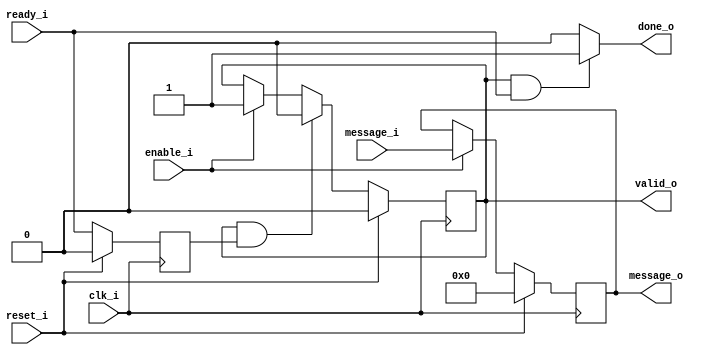
`timescale 1ns / 1ps
//////////////////////////////////////////////////////////////////////////////////
// Company: IIT Madras  
// 
// Design Name: 
// Module Name: axi_master
// Project Name: 
// Target Devices: 
// Tool Versions: 
// Description: 
// 
// Dependencies: 
// 
// Revision:
// Revision 0.01 - File Created
// Additional Comments:
// 
//////////////////////////////////////////////////////////////////////////////////


module axi_master(
    input clk_i,
    input reset_i,
    
    input ready_i,
    output valid_o,
    
    input [31:0] message_i,
    output [31:0] message_o,
    
    input enable_i,
    output done_o // stall till done
    );
    
    reg [31:0] message_r;
    reg valid_r, ready_r;
    
    always @(posedge clk_i)
    begin
        if(reset_i)
        begin
            message_r <= 'b0;
            valid_r <= 'b0;
        end
        else
        begin
            if(enable_i)
            begin
                message_r <= message_i;
                valid_r <= 'b1;
            end
            if(valid_r && ready_r)
            begin
                valid_r <= 'b0;
            end
        end
    end
    
    always @(posedge clk_i)
    begin
        if(reset_i)
        begin
            ready_r <= 'b0;
        end
        else
        begin
            ready_r <= ready_i;
        end
    end
    
    assign message_o = message_r;
    assign done_o = (valid_r && ready_i) ? 'b1 : 'b0;
    assign valid_o = valid_r;
    
endmodule